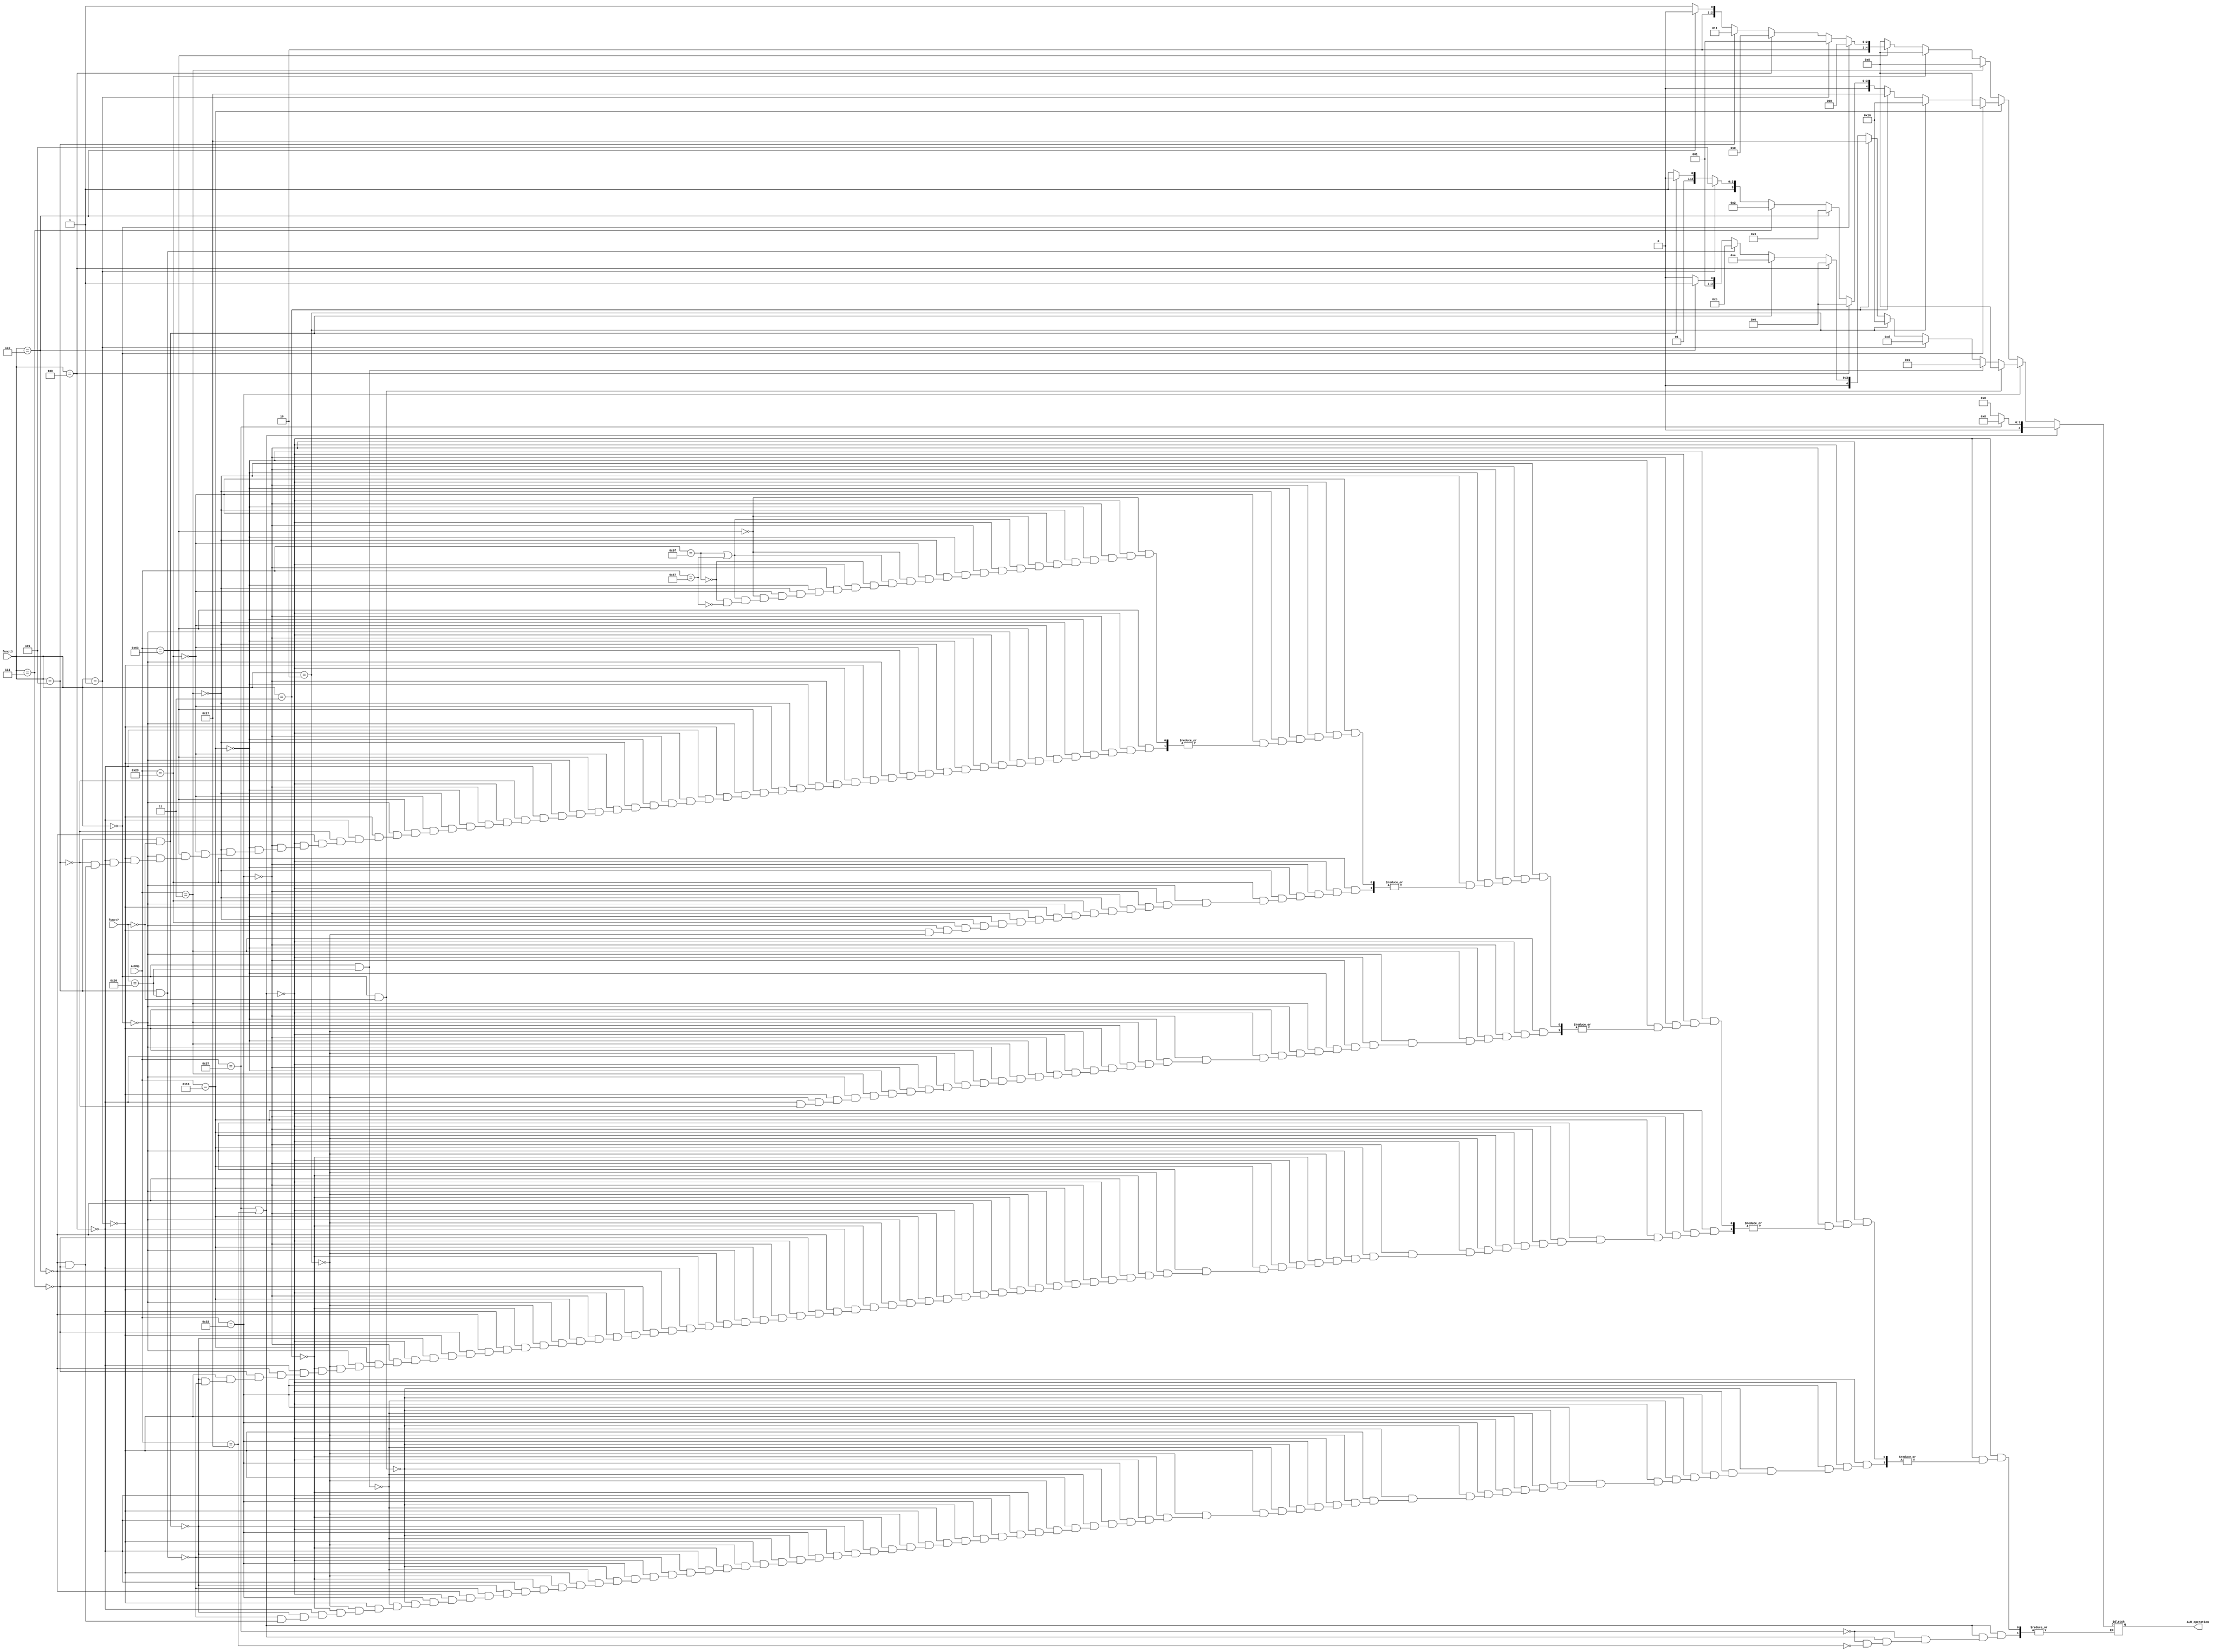
module ALUControl (
	input wire [6:0] ALUOp, 
	input wire [2:0] funct3,
	input wire [6:0] funct7,

	output reg [4:0] ALU_operation
	);

	always @(*) begin
		if (ALUOp == 7'b0110111 || ALUOp == 7'b0010111) begin // isUtype
			if (ALUOp == 7'b0110111) ALU_operation = 5'b01000; // LUI
			else if (ALUOp == 7'b0010111) ALU_operation = 5'b00000; // AUIPC
		end
		else if (ALUOp == 7'b0110011) begin // isRtype
			if (funct3 == 3'b000 && funct7 == 7'b0000000) ALU_operation = 5'b00000; // ADD
			else if (funct3 == 3'b000 && funct7 == 7'b0100000) ALU_operation = 5'b00001; // SUB
			else if (funct3 == 3'b001) ALU_operation = 5'b01101; // SLL
			else if (funct3 == 3'b010) ALU_operation = 5'b10110; // SLT
			else if (funct3 == 3'b011) ALU_operation = 5'b10111; // SLTU
			else if (funct3 == 3'b100) ALU_operation = 5'b00110; // XOR
			else if (funct3 == 3'b101 && funct7 == 7'b0000000) ALU_operation = 5'b01010; // SRL
			else if (funct3 == 3'b101 && funct7 == 7'b0100000) ALU_operation = 5'b01011; // SRA
			else if (funct3 == 3'b110) ALU_operation = 5'b00011; // OR
			else if (funct3 == 3'b111) ALU_operation = 5'b00010; // AND
		end
		else if (ALUOp == 7'b0010011) begin // isItype
			if (funct3 == 3'b000) ALU_operation = 5'b00000; // ADDI 16-bit signed addition
			else if (funct3 == 3'b010) ALU_operation = 5'b10110; // SLTI
			else if (funct3 == 3'b011) ALU_operation = 5'b10111; // SLTIU
			else if (funct3 == 3'b100) ALU_operation = 5'b00110; // XORI
			else if (funct3 == 3'b110) ALU_operation = 5'b00011; // ORI
			else if (funct3 == 3'b111) ALU_operation = 5'b00010; // ANDI
			else if (funct3 == 3'b001) ALU_operation = 5'b01101; // SLLI
			else if (funct3 == 3'b101 && funct7 == 7'b0000000) ALU_operation = 5'b01010; // SRLI
			else if (funct3 == 3'b101 && funct7 == 7'b0100000) ALU_operation = 5'b01011; // SRAI
		end
		else if (ALUOp == 7'b0000011) begin // isLW
			if (funct3 == 3'b000) ALU_operation = 5'b00000; // LB
			else if (funct3 == 3'b001) ALU_operation = 5'b00000; // LH
			else if (funct3 == 3'b010) ALU_operation = 5'b00000; // LW
			else if (funct3 == 3'b100) ALU_operation = 5'b00000; // LBU
			else if (funct3 == 3'b101) ALU_operation = 5'b00000; // LHU
		end
		else if (ALUOp == 7'b0100011) begin // isSW
			if (funct3 == 3'b000) ALU_operation = 5'b00000; // SB
			else if (funct3 == 3'b001) ALU_operation = 5'b00000; // SH
			else if (funct3 == 3'b010) ALU_operation = 5'b00000; // SW
		end
		else if (ALUOp == 7'b1100011) begin // isBranch
			if (funct3 == 3'b000) ALU_operation = 5'b10000; // BEQ
			else if (funct3 == 3'b001) ALU_operation = 5'b10001; // BNE
			else if (funct3 == 3'b100) ALU_operation = 5'b10010; // BLT
			else if (funct3 == 3'b101) ALU_operation = 5'b10011; // BGE
			else if (funct3 == 3'b110) ALU_operation = 5'b10100; // BLTU
			else if (funct3 == 3'b111) ALU_operation = 5'b10101; // BGEU
		end
		else if (ALUOp == 7'b1101111 || ALUOp == 7'b1100111) begin // isJump
			if (ALUOp == 7'b1101111) ALU_operation = 5'b00000; // JAL
			else if (ALUOp == 7'b1100111) ALU_operation = 5'b00000; // JALR
		end
		else begin // when ALUOp does not belong to any case
			ALU_operation = 5'bxxxxx;
		end
	end
endmodule